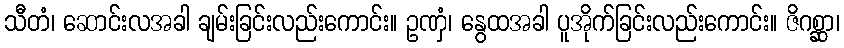
သီတံ၊ ဆောင်းလအခါ ချမ်းခြင်းလည်းကောင်း။ ဥဏှံ၊ နွေထအခါ ပူအိုက်ခြင်းလည်းကောင်း။ ဇိဂစ္ဆာ၊